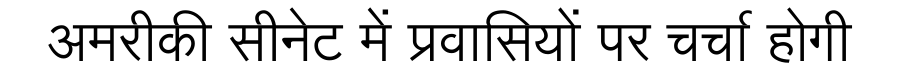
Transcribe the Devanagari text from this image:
अमरीकी सीनेट में प्रवासियों पर चर्चा होगी